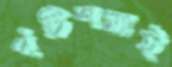
পঁচিশমাই